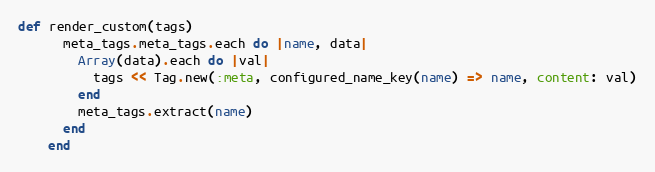
Language: Ruby
def render_custom(tags)
      meta_tags.meta_tags.each do |name, data|
        Array(data).each do |val|
          tags << Tag.new(:meta, configured_name_key(name) => name, content: val)
        end
        meta_tags.extract(name)
      end
    end